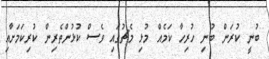
ބުނީ ކުރަން ބުނި ހުރިހާ ކަމެއް މުޅި މެޗުގައި ވެސް ކުޅުންތެރިން ކުރިކަމަށާއި